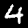
Label: 4